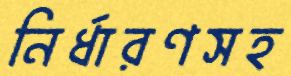
নির্ধারণসহ